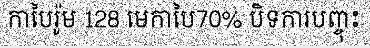
កាបៃរ៉ូម 128 មេកាបៃ70% បិទការបញ្ចុះ